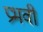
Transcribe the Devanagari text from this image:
प्रभवी